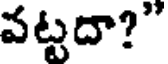
వట్టదా?"